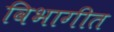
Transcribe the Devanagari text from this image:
विभागीत